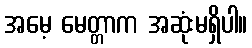
အမေ့ မေတ္တာက အဆုံးမရှိပါ။